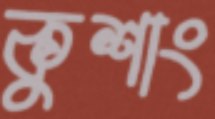
কুশাং